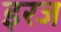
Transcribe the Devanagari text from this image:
इरज